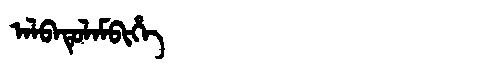
Manchu: ᠠᠯᠪᠠᡨᡠᠯᠠᠮᠪᡳᡥᡝ
Romanization: ALBATULAMBIHE